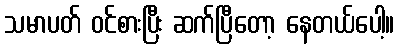
သမာပတ် ဝင်စားပြီး ဆက်ပြီတော့ နေတယ်ပေါ့။